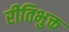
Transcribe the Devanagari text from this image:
रीतिभुक्त